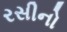
રસીનો